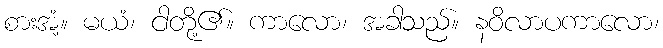
စားအံ့။ မယံ၊ ငါတို့၏။ ကာလော၊ အခါသည်။ နဝိလာပကာလော၊